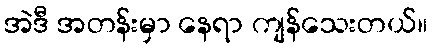
အဲဒီ အတန်းမှာ နေရာ ကျန်သေးတယ်။